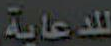
للدعاية